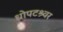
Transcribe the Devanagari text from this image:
धोपटश्र्वर